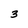
Character: 3